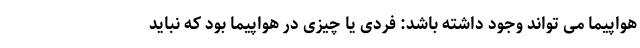
هواپیما می تواند وجود داشته باشد: فردی یا چیزی در هواپیما بود که نباید